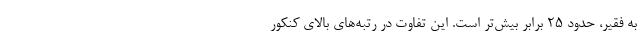
به فقیر، حدود ۲۵ برابر بیش‌تر است. این تفاوت در رتبه‌های بالای کنکور